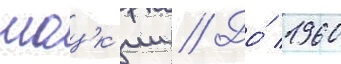
шацк'ии // До́ 1960